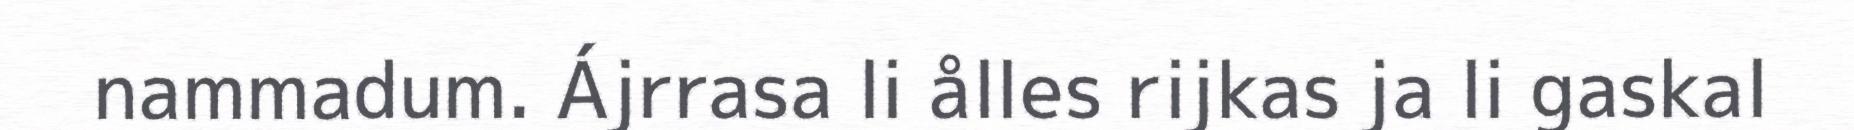
nammadum. Ájrrasa li ålles rijkas ja li gaskal